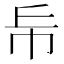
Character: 𢁹